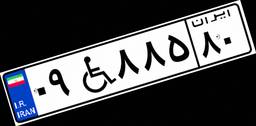
۰۹W۸۸۵۸۰